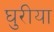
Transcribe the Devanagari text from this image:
घुरीया